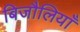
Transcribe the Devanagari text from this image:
बिजौलियाँ